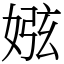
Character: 娹